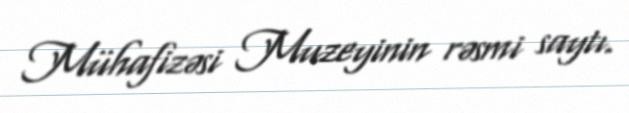
Mühafizəsi Muzeyinin rəsmi saytı.